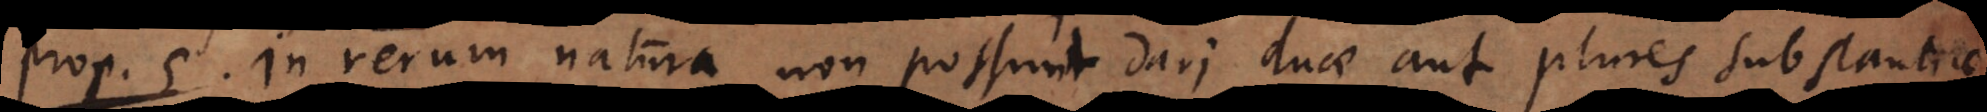
o 5. In rerum natura non possunt dari duae aut plures substantiae